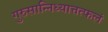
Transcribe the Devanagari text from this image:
गुरुसान्निध्यात्तत्फलं